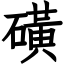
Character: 磺